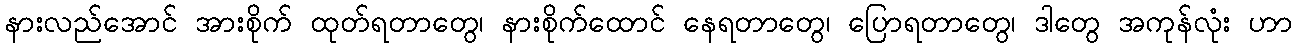
နားလည်အောင် အားစိုက် ထုတ်ရတာတွေ၊ နားစိုက်ထောင် နေရတာတွေ၊ ပြောရတာတွေ၊ ဒါတွေ အကုန်လုံး ဟာ